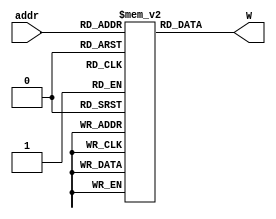
`timescale 1ns/1ns
module column_weight #(parameter N=8,
                    parameter S=8,
                    parameter n=32,
                    parameter cl=8,
                    parameter addrwidth=2)(
        input [addrwidth:0] addr,
        //output [N*n-1 : 0] W
        output [N*(n+cl)-1 : 0] W
);


    reg [N*(n+cl)-1 : 0] weight[S:0] ;
    //reg [N*n-1 : 0] weight[S-1:0] ;
    initial begin
       
        weight[0]={24'h840095,24'h840095,24'h840095,24'h840095,24'h840095,24'h840095,24'h840095,24'h840095};
        weight[1]={24'h04001c,24'h04001c,24'h04001c,24'h04001c,24'h04ff1c,24'h04001c,24'h04001c,24'h04001c};
        weight[2]={24'h840095,24'h840095,24'h840095,24'h840095,24'h840095,24'h840095,24'h840095,24'h840095};
        weight[3]={24'h04001c,24'h04001c,24'h04001c,24'h04001c,24'h04ff1c,24'h04001c,24'h04001c,24'h04001c};
        weight[4]={24'h840095,24'h840095,24'h840095,24'h840095,24'h840095,24'h840095,24'h840095,24'h840095};
        weight[5]={24'h04001c,24'h04001c,24'h04001c,24'h04001c,24'h04ff1c,24'h04001c,24'h04001c,24'h04001c};
        weight[6]={24'h940095,24'h840095,24'h840095,24'h840095,24'h840095,24'h840095,24'h840095,24'h840095};
        weight[7]={24'h04001c,24'h04001c,24'h04001c,24'h04001c,24'h04ff1c,24'h04001c,24'h04001c,24'h04001c};
        weight[8]='b0;
        #111;
         weight[0]={24'h840095,24'h840095,24'h840095,24'h840095,24'h840095,24'h840095,24'h840095,24'h840095};
        weight[1]={24'h04001c,24'h04001c,24'h04001c,24'h04001c,24'h04ff1c,24'h04001c,24'h04001c,24'h04001c};
        weight[2]={24'h840095,24'h840095,24'h840095,24'h840095,24'h840095,24'h840095,24'h840095,24'h840095};
        weight[3]={24'h04001c,24'h04001c,24'h04001c,24'h04001c,24'h04ff1c,24'h04001c,24'h04001c,24'h04001c};
        weight[4]={24'h840095,24'h840095,24'h840095,24'h840095,24'h840095,24'h840095,24'h840095,24'h840095};
        weight[5]={24'h04001c,24'h04001c,24'h04001c,24'h04001c,24'h04ff1c,24'h04001c,24'h04001c,24'h04001c};
        weight[6]={24'h840095,24'h840095,24'h840095,24'h840095,24'h840095,24'h840095,24'h840095,24'h840095};
        weight[7]={24'h04001c,24'h04001c,24'h04001c,24'h04001c,24'h04ff1c,24'h04001c,24'h04001c,24'h04001c};
        weight[8]='b0;
        /*
        weight[0]={16'h8400,16'h8400,16'h8400,16'h8400,16'h8400,16'h8400,16'h8400,16'h8400};
        weight[1]={16'h0400,16'h0400,16'h0400,16'h0400,16'h04ff,16'h0400,16'h0400,16'h0400};
        weight[2]={16'h8400,16'h8400,16'h8400,16'h8400,16'h8400,16'h8400,16'h8400,16'h8400};
        weight[3]={16'h0400,16'h0400,16'h0400,16'h0400,16'h0400,16'h0400,16'h0400,16'h0400};
        weight[4]={16'h8400,16'h8400,16'h8400,16'h8400,16'h8400,16'h8400,16'h8400,16'h8400};
        weight[5]={16'h0400,16'h0400,16'h0400,16'h0400,16'h0400,16'h0400,16'h0400,16'h0400};
        weight[6]={16'h8400,16'h8400,16'h8400,16'h8400,16'h8400,16'h8400,16'h8400,16'h8400};
        weight[7]={16'h0400,16'h0400,16'h0400,16'h0400,16'h0400,16'h0400,16'h0400,16'h0400};
        */
    end

assign W = weight[addr];

endmodule